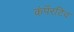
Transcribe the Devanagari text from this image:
कंपॅरटिव